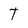
Character: T